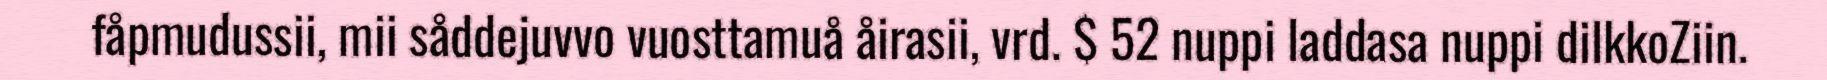
fåpmudussii, mii såddejuvvo vuosttamuå åirasii, vrd. $ 52 nuppi laddasa nuppi dilkkoZiin.